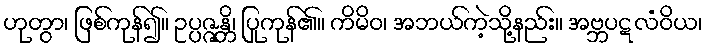
ဟုတွာ၊ ဖြစ်ကုန်၍။ ဥပ္ပဇ္ဇန္တိ၊ ပြုကုန်၏။ ကိမိဝ၊ အဘယ်ကဲ့သို့နည်း။ အဗ္ဘပဋလံဝိယ၊